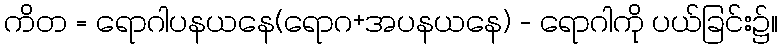
ကိတ = ရောဂါပနယနေ(ရောဂ+အပနယနေ) - ရောဂါကို ပယ်ခြင်း၌။